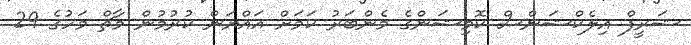
ޝަރީފް އިލެކްޝަންސް ކޮމިޝަންގެ މެންބަރު ކަމަށް އައްޔަން ކުރުމުން މާޗް މަހުގެ 29